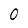
Character: 0